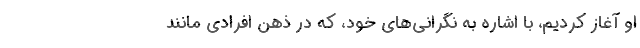
او آغاز کردیم، با اشاره به نگرانی‌های خود، که در ذهن افرادی مانند